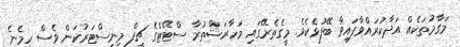
މަގާމުތަކެއް އަދާކުރައްވާފައިވާ ބޭފުޅެކެވެ. މީގެތެރޭގައި މަހާރަޝްތުރާ ސްޓޭޓްގެ ޗީފް މިނިސްޓަރުކަން ވެސް ހިމެނެ